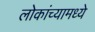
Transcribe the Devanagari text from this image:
लोकांच्यामध्ये